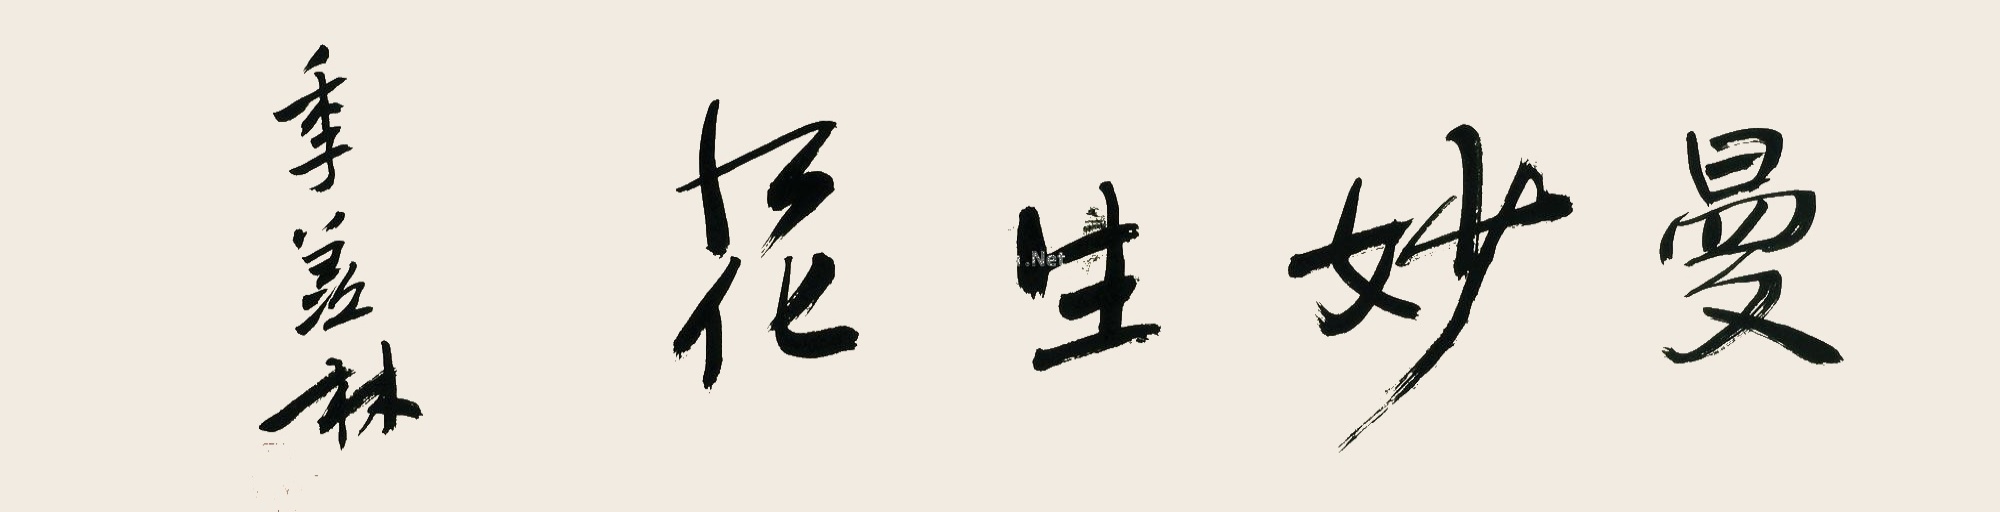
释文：曼妙生花季羡林